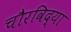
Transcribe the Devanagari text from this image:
चौरविद्या